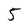
Character: 5